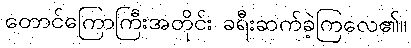
တောင်ကြောကြီးအတိုင်း ခရီးဆက်ခဲ့ကြလေ၏။